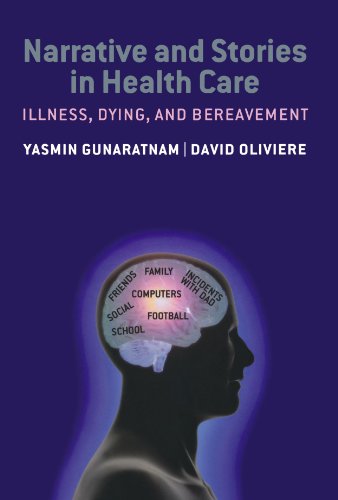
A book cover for Narrative and Stories in Healthcare: Illness, Dying and Bereavement; Self-Help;